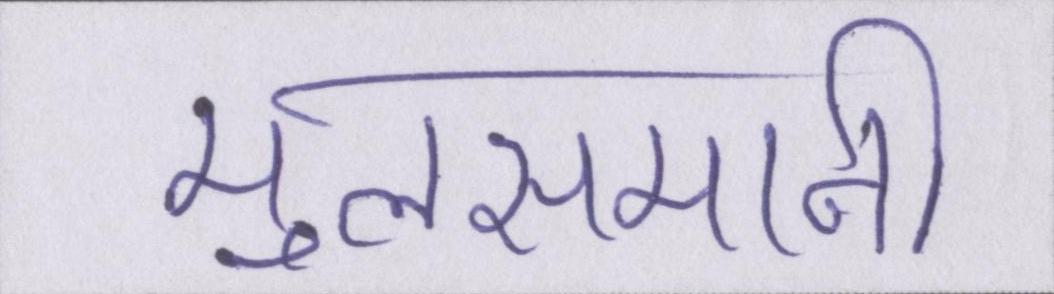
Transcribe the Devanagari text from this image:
मुलसमानी